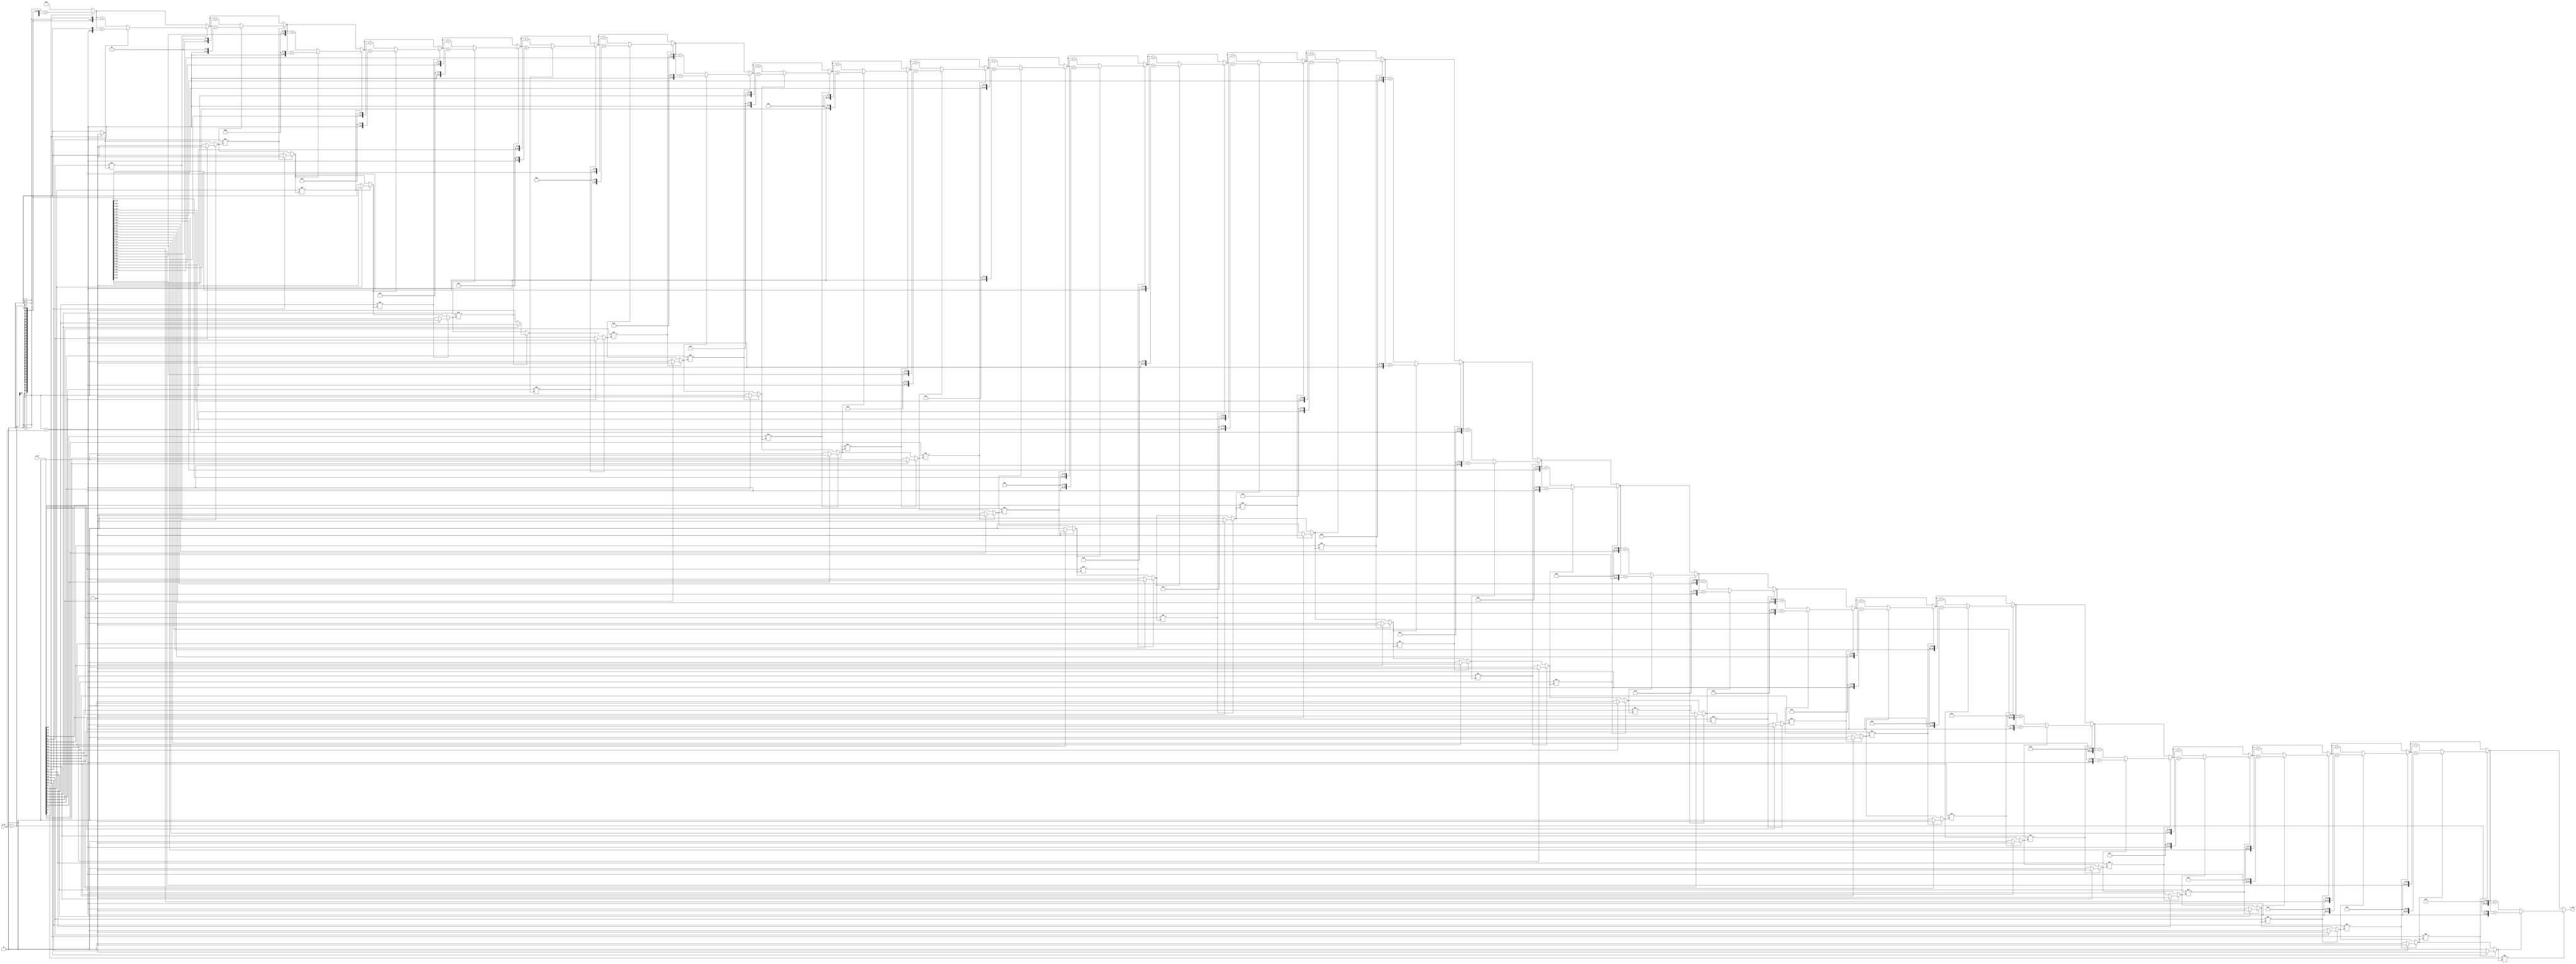
// This program was cloned from: https://github.com/martinmaly21/ELEC374
// License: MIT License

module mul_32_gate(
    input wire [31:0] a_in,
    input wire [31:0] b_in,
    output [63:0] c_out
);
    integer i;
    reg rBit;
    reg [63:0] result_P;
    reg [63:0] b_temporary;
    reg [63:0] b_temporary_negative;

    always @(a_in,b_in) begin
        rBit = 0;
        result_P = 64'd0;
        b_temporary = 64'd0 + b_in;
        b_temporary_negative = 64'd0 - b_in;

        for(i=0;i<32;i= i + 1) begin
            if (a_in[i] != rBit) begin
                if (rBit == 1) begin
                    result_P = result_P + (b_temporary << i);
                end else begin
                    result_P = result_P + (b_temporary_negative << i);
                end
                //are ternary operators okay?
                rBit = (a_in[i] == 1) ? 1 : 0;
            end
        end
    end
    assign c_out = result_P;
endmodule